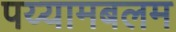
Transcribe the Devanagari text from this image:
पय्यामबलम